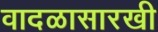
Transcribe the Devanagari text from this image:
वादळासारखी